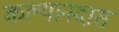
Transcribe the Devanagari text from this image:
कल्यानदास